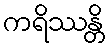
ကရိဿန္တိ